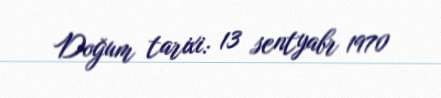
Doğum tarixi: 13 sentyabr 1970